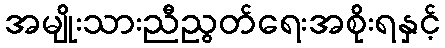
အမျိုးသားညီညွတ်ရေးအစိုးရနှင့်